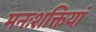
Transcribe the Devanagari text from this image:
मनःशक्तियां